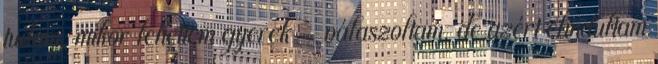
tudom, mikor lehettem gyerek – válaszoltam, de azért elindultam